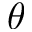
\theta